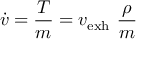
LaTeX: { \dot { v } } = { \frac { T } { m } } = v _ { \mathrm { e x h } } \ { \frac { \rho } { m } }